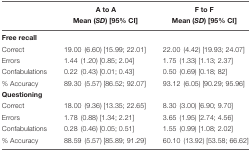
|  | A to A | F to F |
 |  | Mean (SD) [95% CI] | Mean (SD) [95% CI] |
 | --- | --- | --- |
 | <COLSPAN=3> Free recall |
 | Correct | 19.00 (6.60) [15.99; 22.01] | 22.00 (4.42) [19.93; 24.07] |
 | Errors | 1.44 (1.20) [0.85; 2.04] | 1.75 (1.33) [1.13; 2.37] |
 | Confabulations | 0.22 (0.43) [0.01; 0.43] | 0.50 (0.69) [0.18; 82] |
 | % Accuracy | 89.30 (5.57) [86.52; 92.07] | 93.12 (6.05) [90.29; 95.96] |
 | <COLSPAN=3> Questioning |
 | Correct | 18.00 (9.36) [13.35; 22.65] | 8.30 (3.00) [6.90; 9.70] |
 | Errors | 1.78 (0.88) [1.34; 2.21] | 3.65 (1.95) [2.74; 4.56] |
 | Confabulations | 0.28 (0.46) [0.05; 0.51] | 1.55 (0.99) [1.08; 2.02] |
 | % Accuracy | 88.59 (5.57) [85.89; 91.29] | 60.10 (13.92) [53.58; 66.62] |